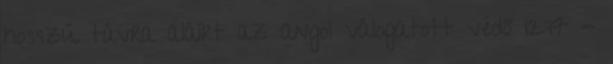
hosszú távra aláírt az angol válogatott védő 12:17 -